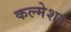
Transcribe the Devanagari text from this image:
कल्मेशा